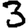
Digit: 3